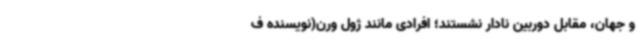
و جهان، مقابل دوربین نادار نشستند؛ افرادی مانند ژول ورن(نویسنده ف